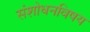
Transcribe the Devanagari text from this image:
संशोधनविषय